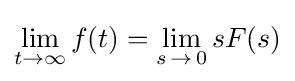
\lim _{t\to \infty }f(t)=\lim _{s\,\to \,0}{sF(s)}